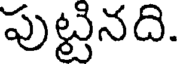
పుట్టినది.